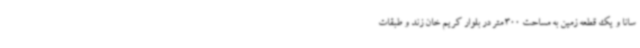
سانا و یک قطعه زمین به مساحت 300 متر در بلوار کریم خان زند و طبقات